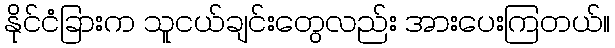
နိုင်ငံခြားက သူငယ်ချင်းတွေလည်း အားပေးကြတယ်။